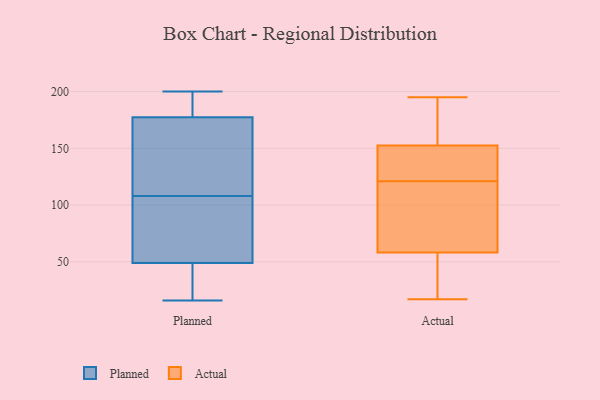
{"axis": {"x": "Headcount", "y": "Value"}, "legend": ["Actual", "Planned"], "data": [{"x": "", "y": 108, "type": "Planned"}, {"x": "", "y": 16, "type": "Planned"}, {"x": "", "y": 163, "type": "Planned"}, {"x": "", "y": 182, "type": "Planned"}, {"x": "", "y": 194, "type": "Planned"}, {"x": "", "y": 185, "type": "Planned"}, {"x": "", "y": 80, "type": "Planned"}, {"x": "", "y": 164, "type": "Planned"}, {"x": "", "y": 102, "type": "Planned"}, {"x": "", "y": 25, "type": "Planned"}, {"x": "", "y": 155, "type": "Planned"}, {"x": "", "y": 39, "type": "Planned"}, {"x": "", "y": 65, "type": "Planned"}, {"x": "", "y": 46, "type": "Planned"}, {"x": "", "y": 58, "type": "Planned"}, {"x": "", "y": 200, "type": "Planned"}, {"x": "", "y": 45, "type": "Planned"}, {"x": "", "y": 146, "type": "Planned"}, {"x": "", "y": 186, "type": "Planned"}, {"x": "", "y": 32, "type": "Actual"}, {"x": "", "y": 163, "type": "Actual"}, {"x": "", "y": 30, "type": "Actual"}, {"x": "", "y": 128, "type": "Actual"}, {"x": "", "y": 183, "type": "Actual"}, {"x": "", "y": 82, "type": "Actual"}, {"x": "", "y": 71, "type": "Actual"}, {"x": "", "y": 140, "type": "Actual"}, {"x": "", "y": 121, "type": "Actual"}, {"x": "", "y": 17, "type": "Actual"}, {"x": "", "y": 67, "type": "Actual"}, {"x": "", "y": 195, "type": "Actual"}, {"x": "", "y": 134, "type": "Actual"}, {"x": "", "y": 95, "type": "Actual"}, {"x": "", "y": 149, "type": "Actual"}, {"x": "", "y": 184, "type": "Actual"}, {"x": "", "y": 24, "type": "Actual"}]}